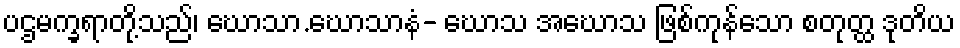
ပဌမက္ခရာတို့သည်၊ ဃောသာ.ဃောသာနံ- ဃောသ အဃောသ ဖြစ်ကုန်သော စတုတ္ထ ဒုတိယ